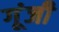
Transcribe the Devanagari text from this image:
गूंजी